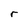
Character: r